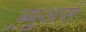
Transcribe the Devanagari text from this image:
ब्र्युअर्स